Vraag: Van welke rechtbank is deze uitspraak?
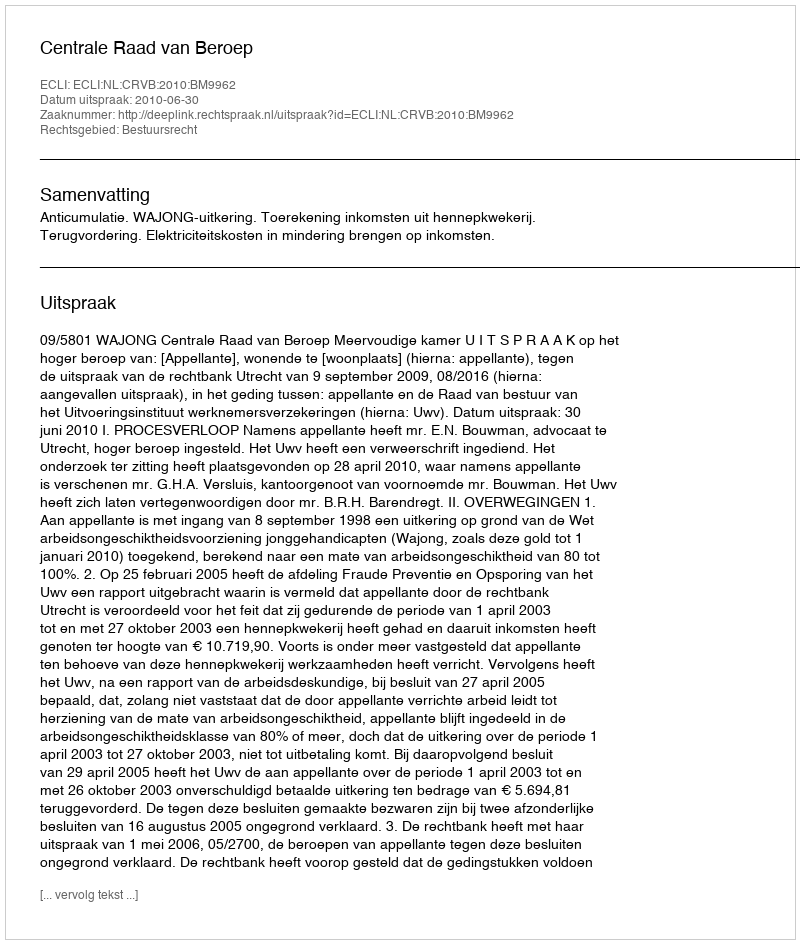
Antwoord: Centrale Raad van Beroep